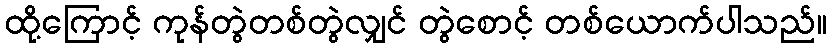
ထို့ကြောင့် ကုန်တွဲတစ်တွဲလျှင် တွဲစောင့် တစ်ယောက်ပါသည်။